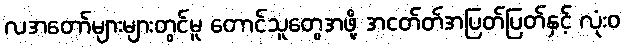
လအတော်များများတွင်မူ တောင်သူတွေအဖို့ အငတ်တ်အပြတ်ပြတ်နှင့် လုံးဝ